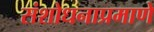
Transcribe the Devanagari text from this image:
संशोधनाप्रमाणे